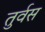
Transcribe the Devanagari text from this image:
तुर्वस